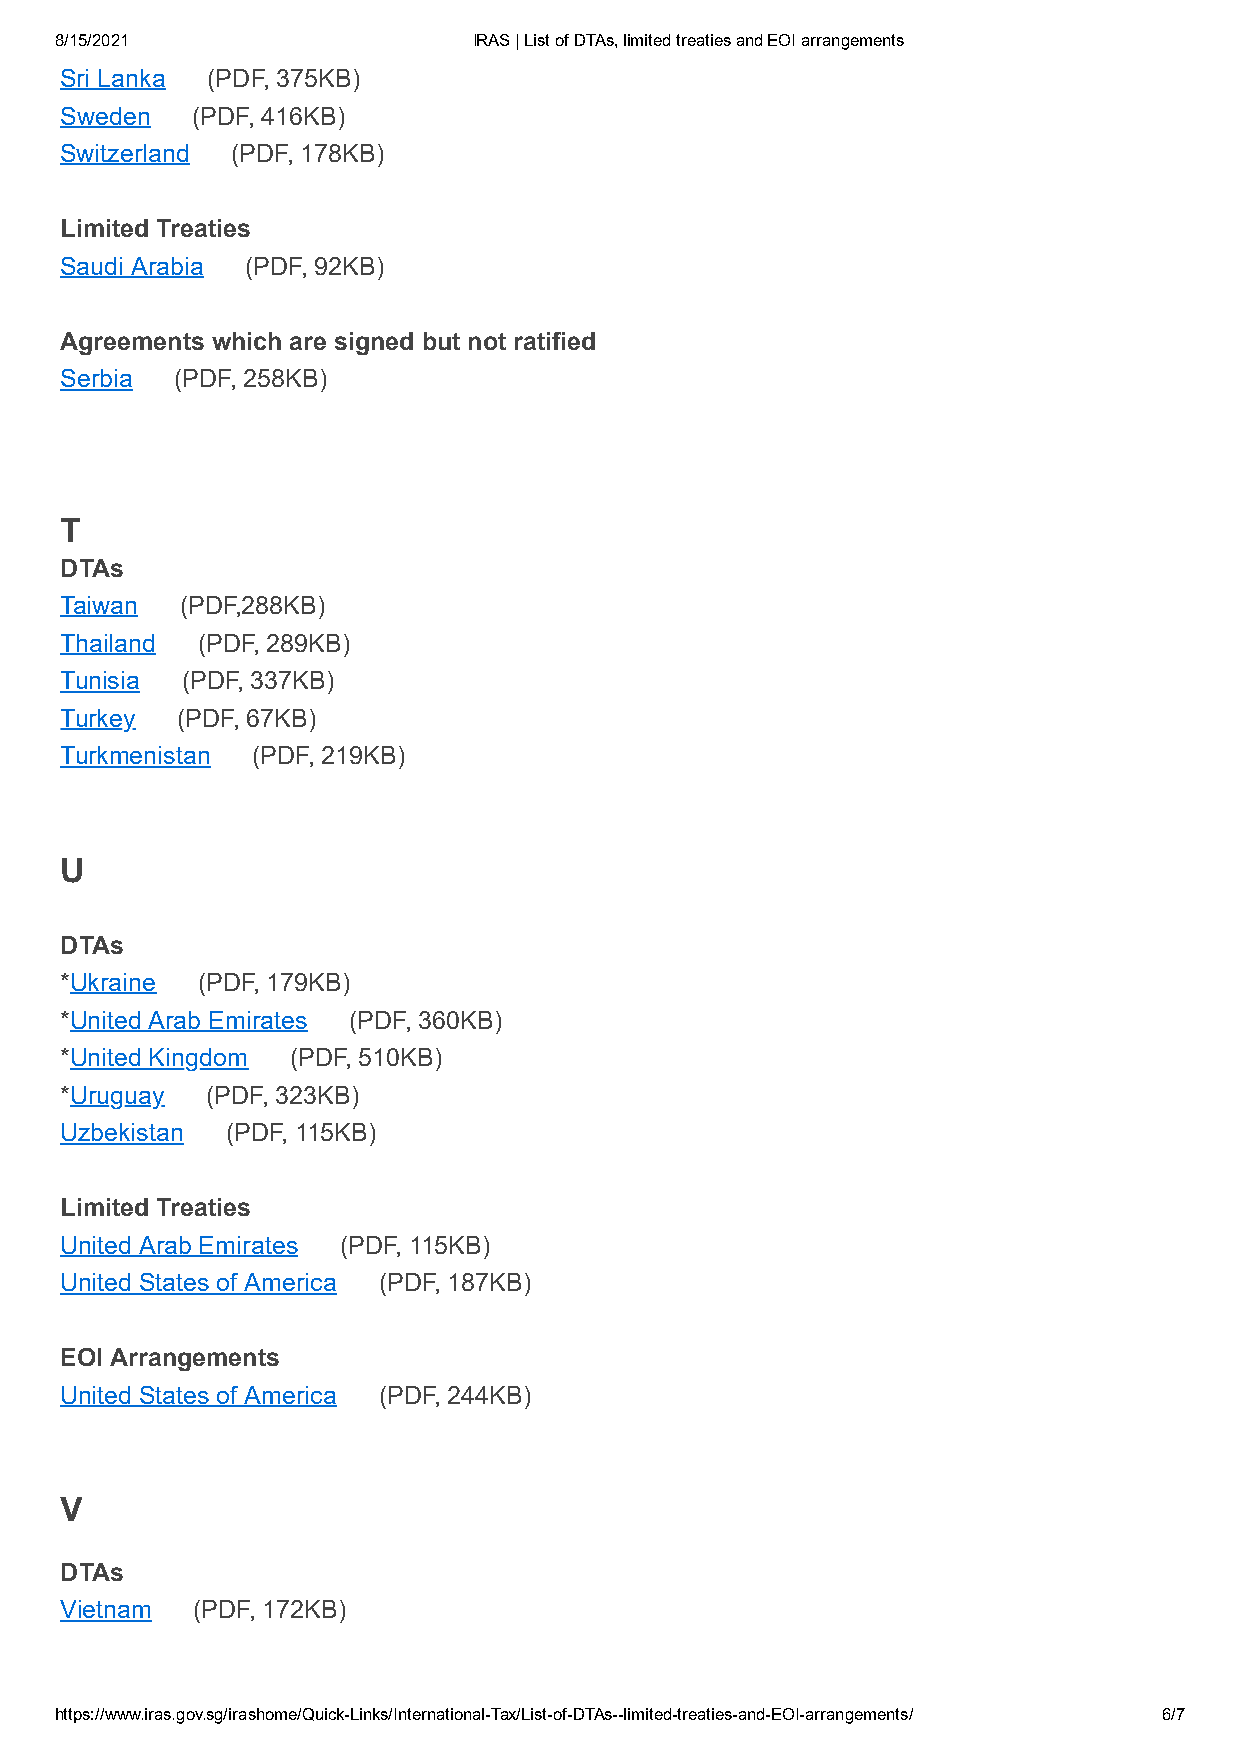
8/15/2021                  IRAS | List of DTAs, limited treaties and EOI arrangements
 Sri Lanka (PDF, 375KB)
 Sweden   (PDF, 416KB)
 Switzerland (PDF, 178KB)
 Limited Treaties
 Saudi Arabia (PDF, 92KB)
 Agreements which are signed but not ratified
 Serbia  (PDF, 258KB)
 T
 DTAs
 Taiwan  (PDF,288KB)
 Thailand (PDF, 289KB)
 Tunisia (PDF, 337KB)
 Turkey  (PDF, 67KB)
 Turkmenistan (PDF, 219KB)
 U
 DTAs
 *Ukraine (PDF, 179KB)
 *United Arab Emirates (PDF, 360KB)
 *United Kingdom (PDF, 510KB)
 *Uruguay  (PDF, 323KB)
 Uzbekistan (PDF, 115KB)
 Limited Treaties
 United Arab Emirates (PDF, 115KB)
 United States of America (PDF, 187KB)
 EOI Arrangements
 United States of America (PDF, 244KB)
 V
 DTAs
 Vietnam  (PDF, 172KB)
 https://www.iras.gov.sg/irashome/Quick-Links/International-Tax/List-of-DTAs--limited-treaties-and-EOI-arrangements/ 6/7